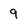
Character: 9